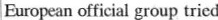
European official group tried